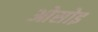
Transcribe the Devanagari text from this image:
ओसोइ